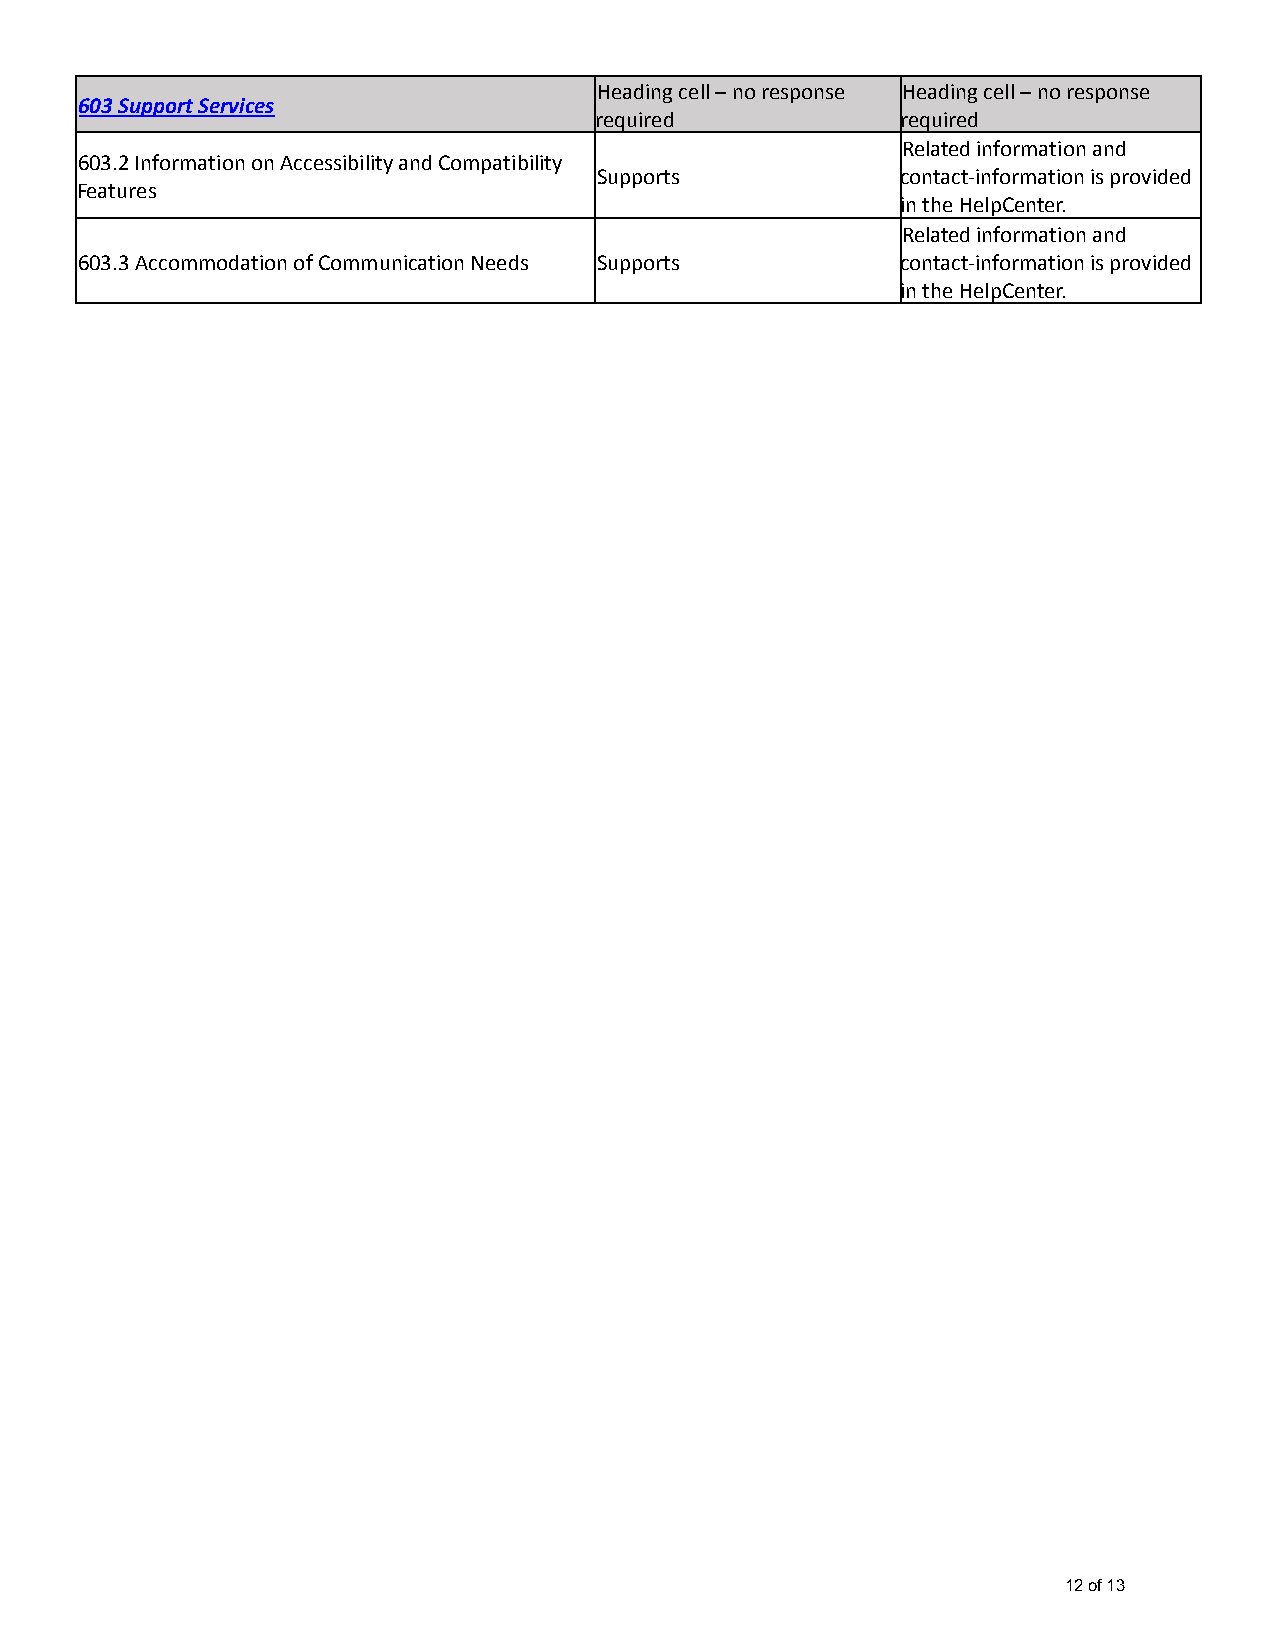
Heading cell – no response Heading cell – no response
 603 Support Services
 required             required
 Related information and
 603.2 Information on Accessibility and Compatibility
 Supports            contact-information is provided
 Features
 in the HelpCenter.
 Related information and
 603.3 Accommodation of Communication Needs Supports    contact-information is provided
 in the HelpCenter.
 12 of 13